画像に写った文字を読んでください
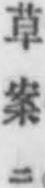
「草案ニ」と書いてあります